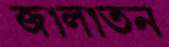
জ্বালাতন